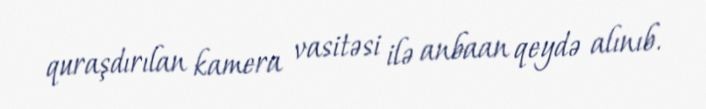
quraşdırılan kamera vasitəsi ilə anbaan qeydə alınıb.